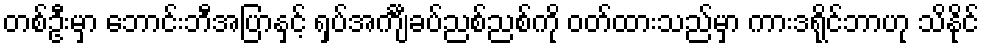
တစ်ဦးမှာ ဘောင်းဘီအပြာနှင့် ရှပ်အင်္ကျီခပ်ညစ်ညစ်ကို ဝတ်ထားသည်မှာ ကားဒရိုင်ဘာဟု သိနိုင်